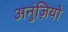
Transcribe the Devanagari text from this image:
अनुंज़ियो